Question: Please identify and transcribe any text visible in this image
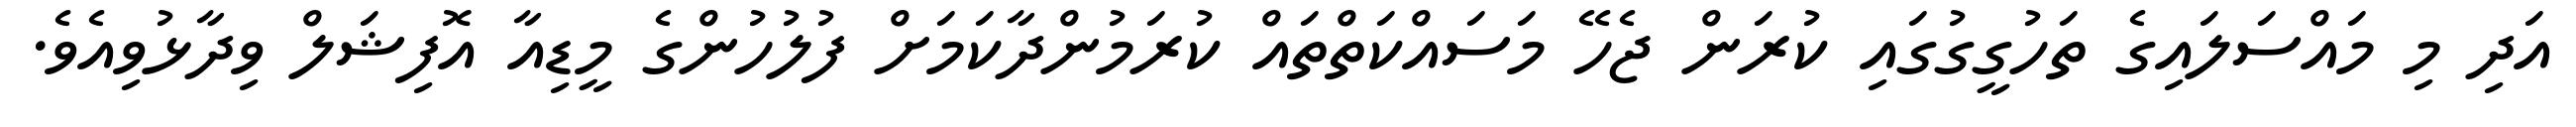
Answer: އަދި މި މައްސަލައިގެ ތަހުގީގުގައި ކުރަން ޖެހޭ މަސައްކަތްތައް ކުރަމުންދާކަމަށް ފުލުހުންގެ މީޑިއާ އޮފިޝަލް ވިދާޅުވިއެވެ.